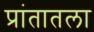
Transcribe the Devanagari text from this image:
प्रांतातला